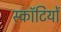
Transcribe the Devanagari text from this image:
स्कॉटियों